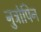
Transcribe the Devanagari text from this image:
नुट्रोपिन